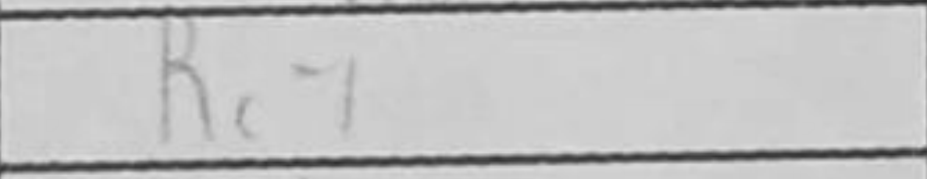
Transcription: Rc7